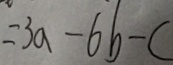
= 3 a - 6 b - c